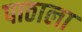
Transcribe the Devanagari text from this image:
पाठाला